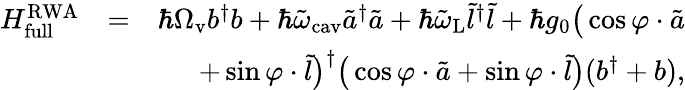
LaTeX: \begin{array}{rlr}{H_{\mathrm{full}}^{\mathrm{RWA}}}&{=}&{\hbar\Omega_{\mathrm{v}}b^{\dagger}b+\hbar\tilde{\omega}_{\mathrm{cav}}\tilde{a}^{\dagger}\tilde{a}+\hbar\tilde{\omega}_{\mathrm{L}}\tilde{l}^{\dagger}\tilde{l}+\hbar g_{0}\big(\cos\varphi\cdot\tilde{a}}\\ &{}&{+\sin\varphi\cdot\tilde{l}\big)^{\dagger}\big(\cos\varphi\cdot\tilde{a}+\sin\varphi\cdot\tilde{l}\big)(b^{\dagger}+b),}\end{array}